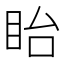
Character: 眙